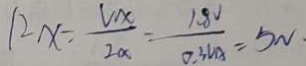
1 2 x = \frac { 1 x } { 2 x } = \frac { 1 . 8 V } { 0 . 3 1 A } = 5 N